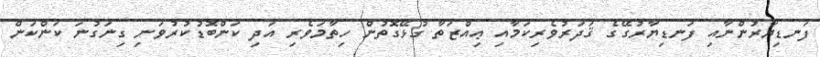
ފަނޑިޔާރުންނާއި ފަނޑިޔާރުގޭގެ ޤަދަރުވެރިކަމާއި ޢިއްޒަތާ ގުޅޭގޮތުން ހިތާމަވެރި އަދި ކަންބޮޑުކުރުވަނި ގިނަގުނަ ކަންކަން